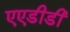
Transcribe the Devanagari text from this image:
एएडीडी